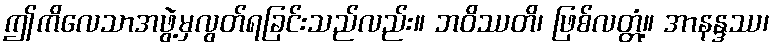
ဤကိလေသာအဖွဲ့မှလွတ်ရခြင်းသည်လည်း။ ဘဝိဿတိ၊ ဖြစ်လတ္တံ့။ အာနန္ဒဿ၊